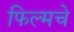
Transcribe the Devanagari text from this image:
फिल्मचे